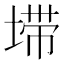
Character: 𰊂